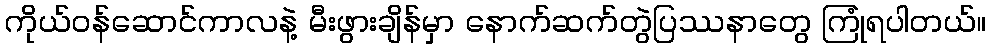
ကိုယ်ဝန်ဆောင်ကာလနဲ့ မီးဖွားချိန်မှာ နောက်ဆက်တွဲပြဿနာတွေ ကြုံရပါတယ်။